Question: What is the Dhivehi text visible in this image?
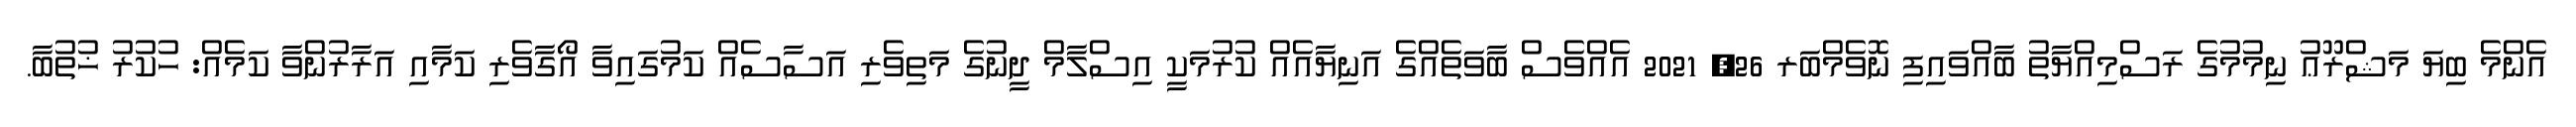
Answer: އެންމެ ބިޔަ މަޝްރޫޢު ނިމުމުގެ ރަސްމިއްޔާތު ބާއްވައިފި ނޮވެމްބަރ 26, 2021 އެއްވެސް ބާވަތެއްގެ އަނިޔާއެއް ކުރުމަކީ އިސްލާމް ދީނުގެ މަތިވެރި އަސާސެއް ކަމުގައިވާ އޯގާވެރި ކަމާއި އަރާރުންވާ ކަމެއް: ހުކުރު ޚުތުބާ.